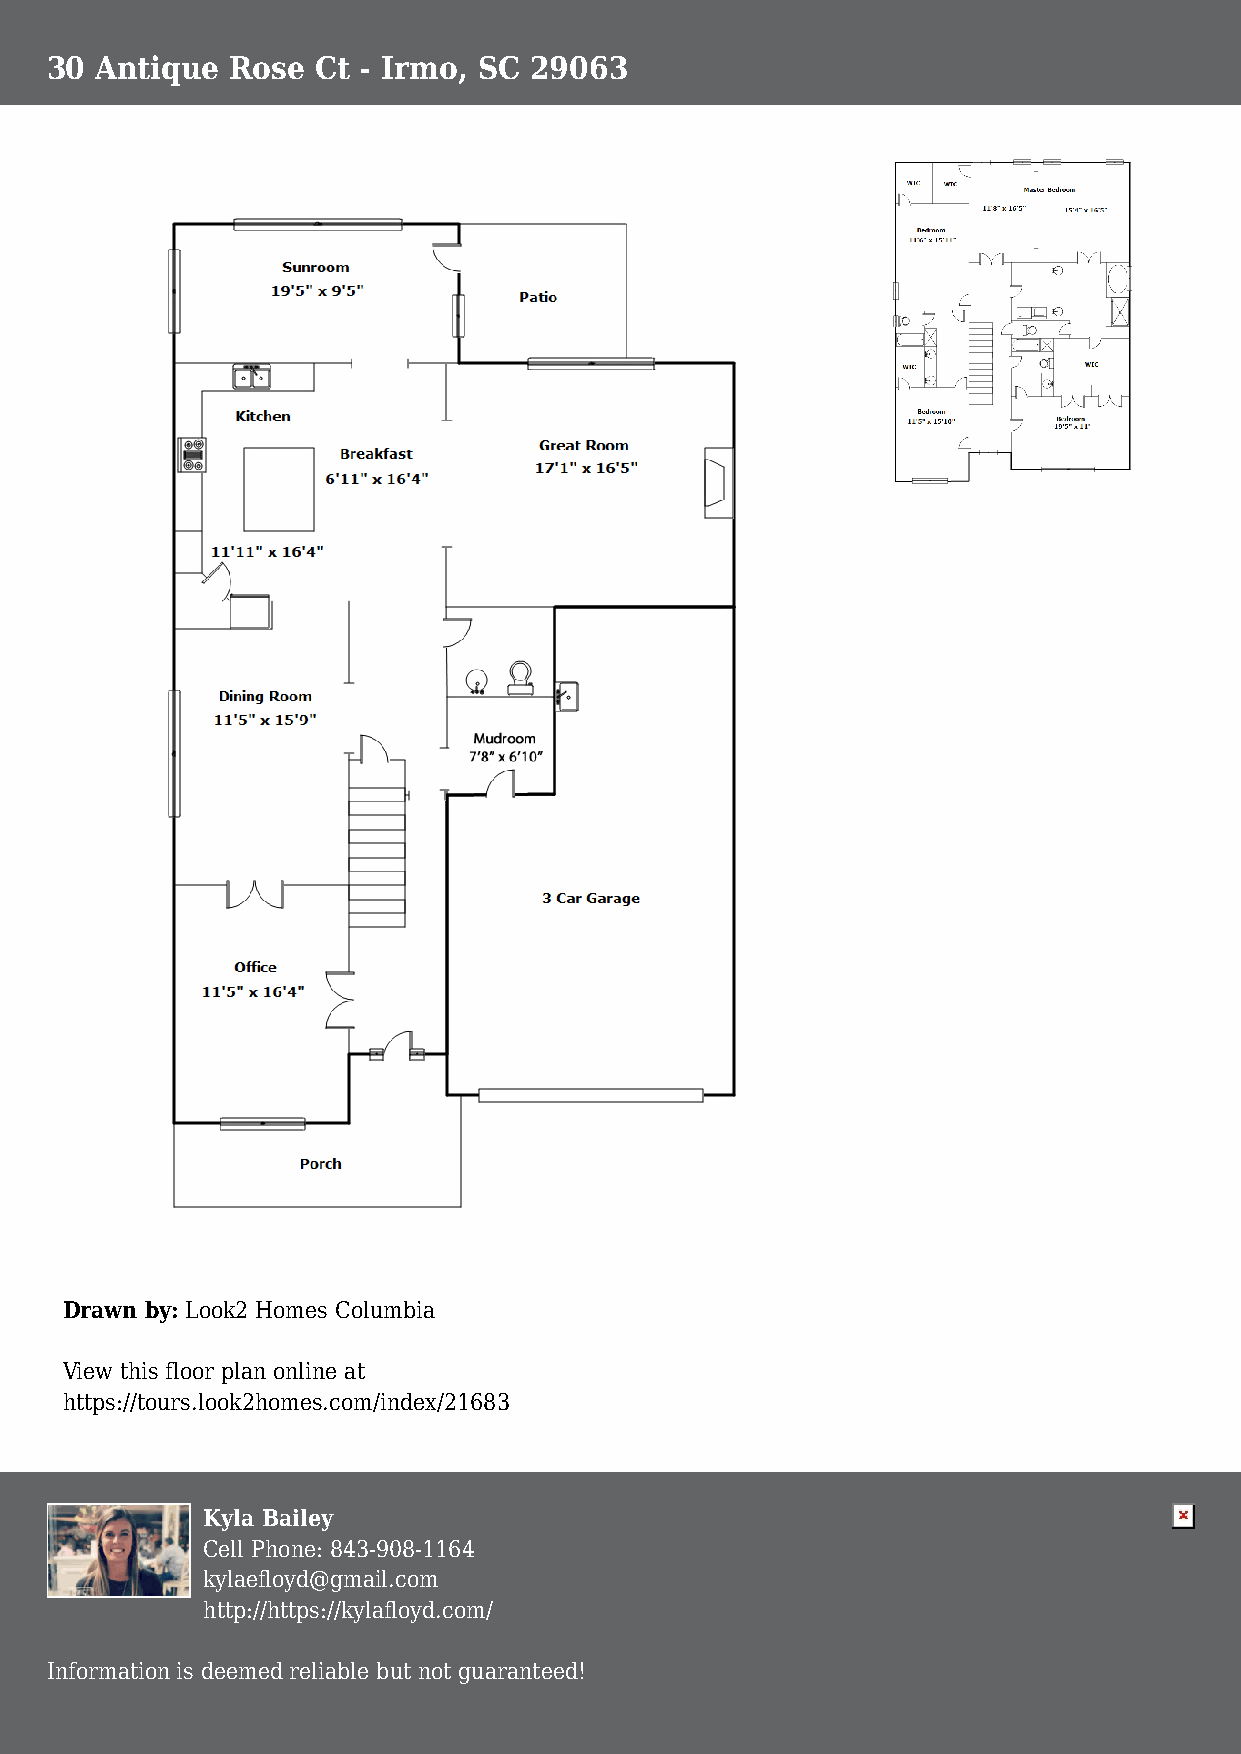
30 Antique  Rose  Ct - Irmo, SC 29063
 Drawn by: Look2 Homes Columbia
 View this floor plan online at
 https://tours.look2homes.com/index/21683
 Kyla Bailey
 Cell Phone: 843-908-1164
 kylaefloyd@gmail.com
 http://https://kylafloyd.com/
 Information is deemed reliable but not guaranteed!